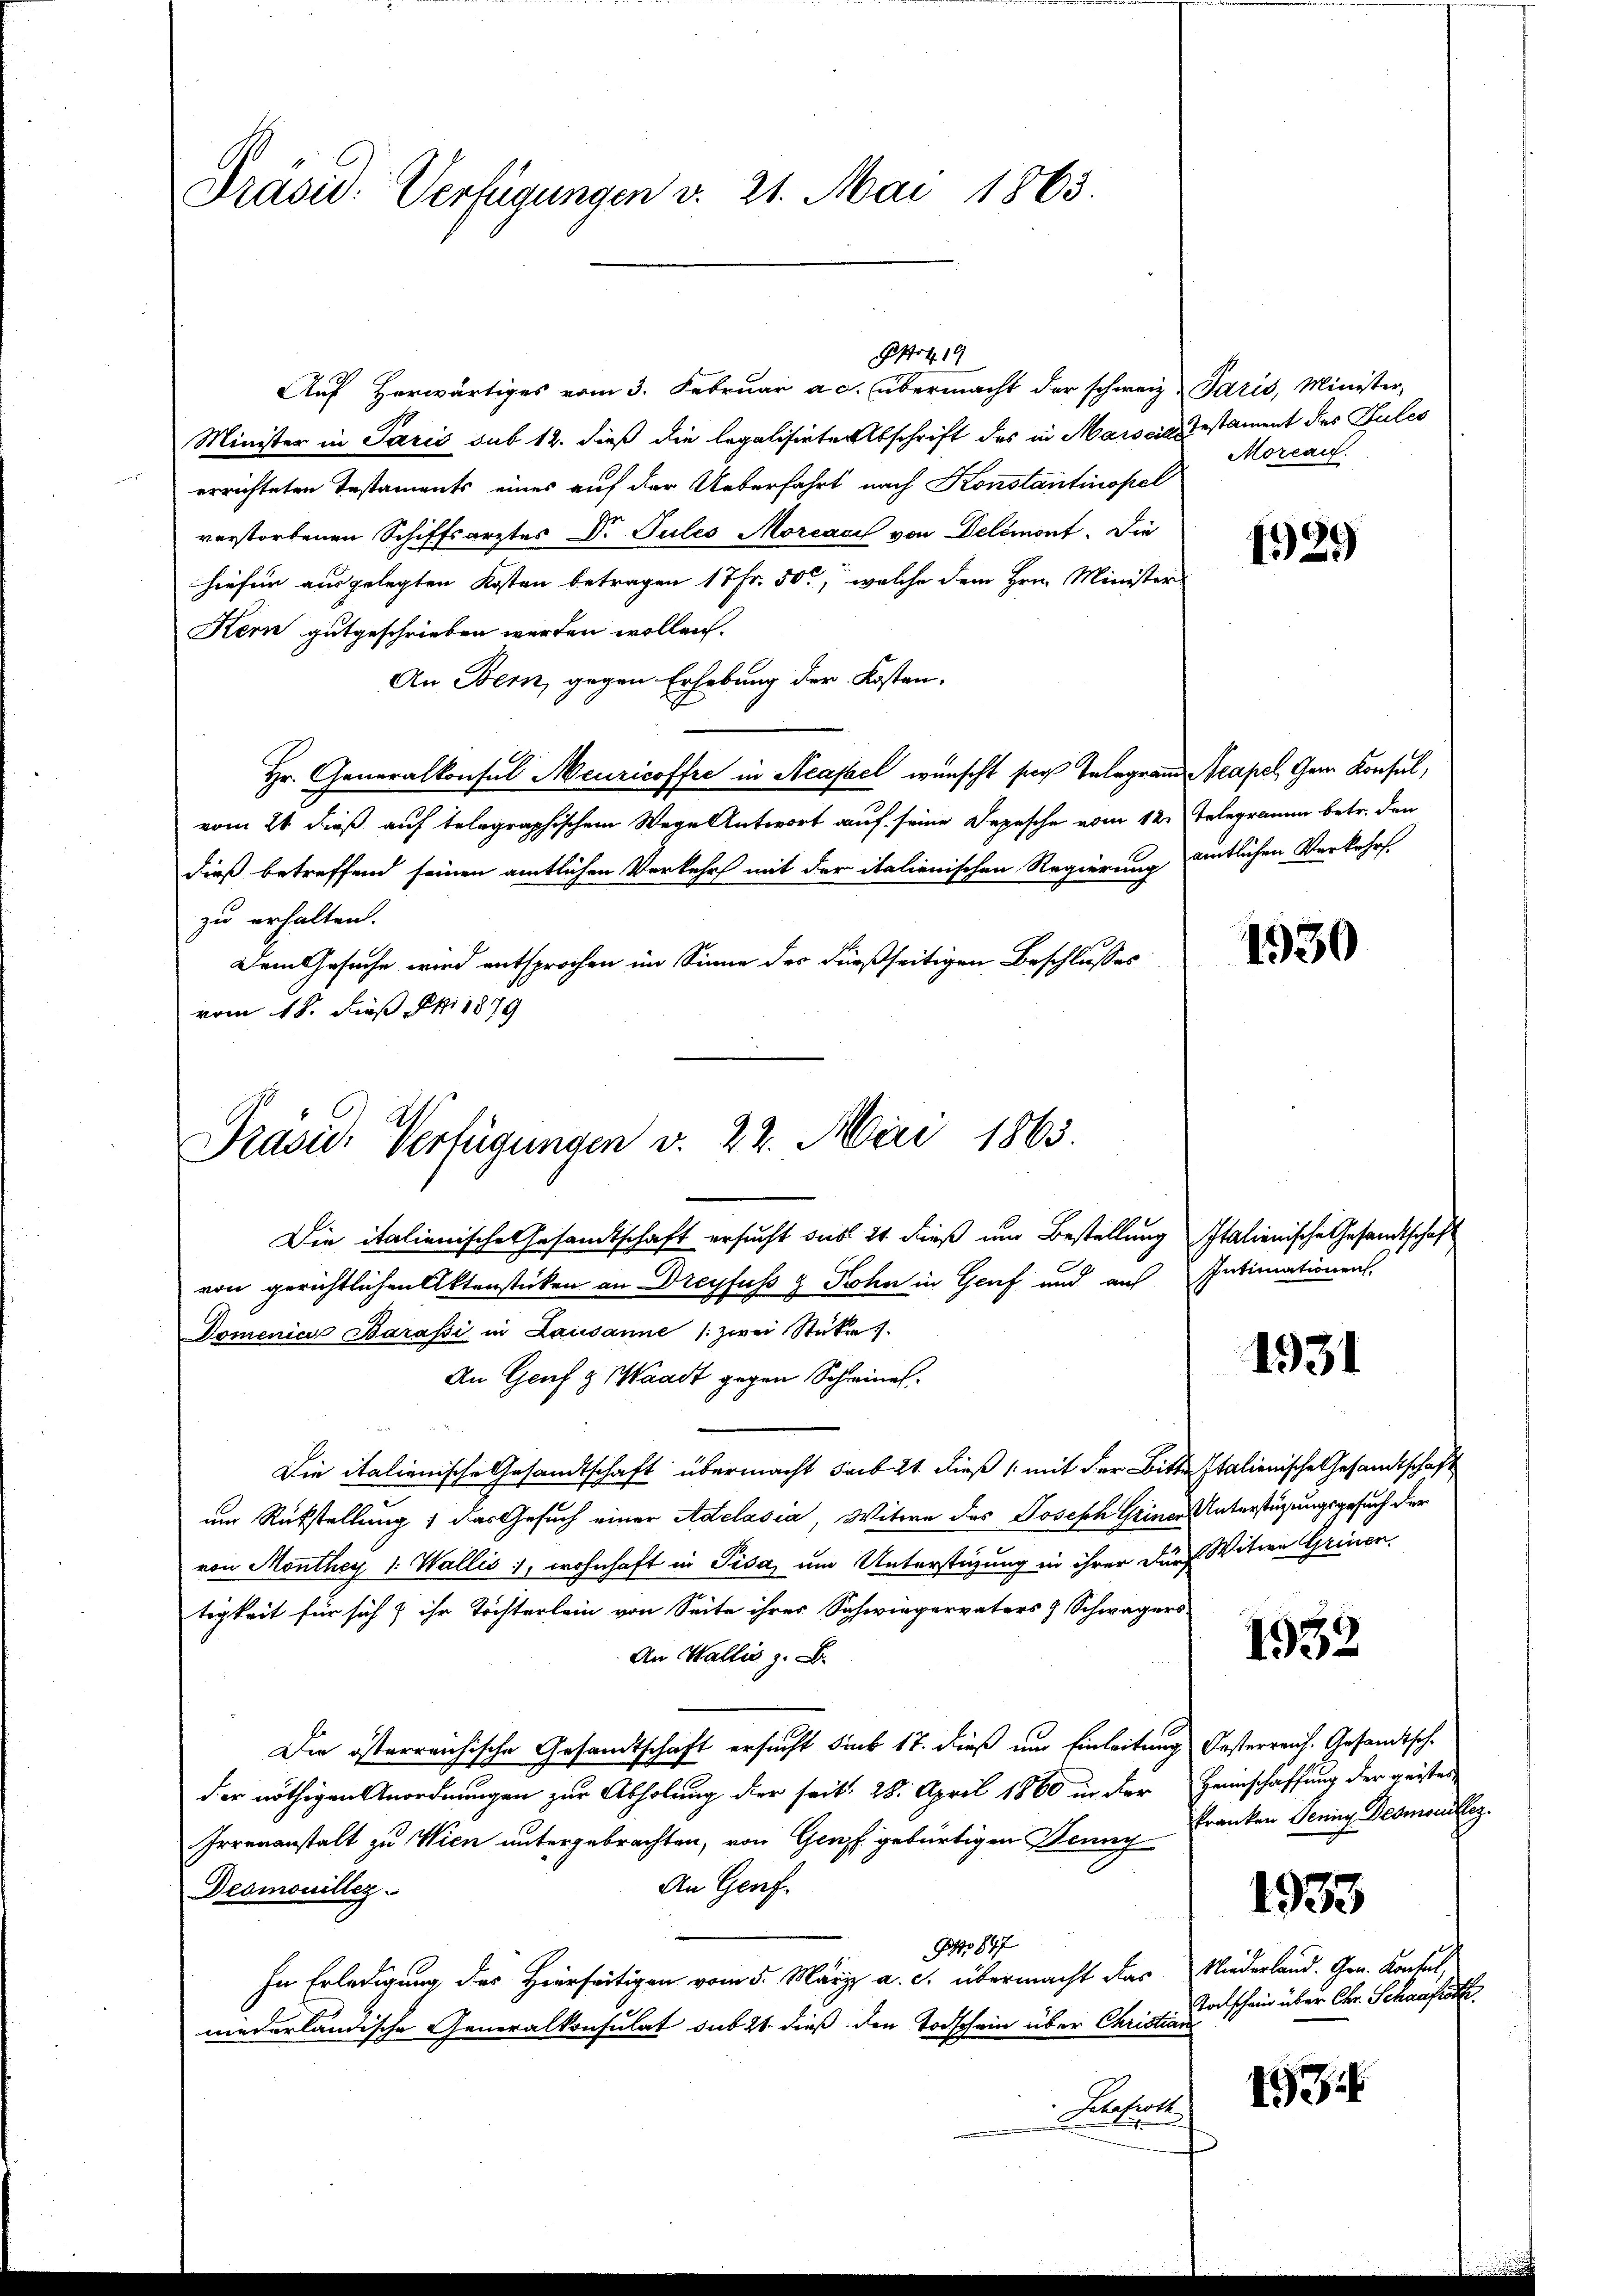
Präsid. Verfügungen v. 21. Mai 1863.

Präsid. Verfügungen v. 22. Mai 1863.

Pot.19
Auf Herwärtiges vom 3. Februar a. c. übermacht der schweiz. Paris, Minister,
Minister in Paris sub 12. dieß die legalisierte Abschrift des in Marscias Testament des Pules
errichteten Testaments eines auf der Ueberfahrt nach Konstantinopel
verstorbenen Schiffsarztes Dr. Sules Morcacis von Delémont. Die
hiefür ausgelegten Kosten betragen 17 Fr. 50, welche dem Hrn. Minister
Kern gutgeschrieben werden wollen.
An Bern, gegen Erhebung der Kosten.
Hr. Generalkonsul Meuricoffre in Acassel wünscht sich Telegramm Neapel, Gem. Konsul,
vom 21 dieß auf telegraphischem Wege Antwort auf seine Depesche vom 12. Telegramm betr. den
dieß betreffend seinen amtlichen Verkehr mit der italienischen Regierung amtlichen Verkehrs-
zu erhalten.
Dem Gesuche wird entsprochen im Sinne des dießseitigen Beschlusses:
vom 18. dieß. Ski 1879

Morcau.

Die italienische Gesandtschaft ersucht das 24 dieß und Bestellung Italienische Gesandtschaft
von gerichtlichen Aktenstücken an Dreyfuss z Sohn in Genf und aus Intimationen,
Domenici Barasi in Lausanne (zwei Stükr.
An Genf & Waadt gegen Schreinal
Die italienische Gesandtschaft übermacht sub 21. dieß (mit der Bitte Italienische Gesandtschaft
um Rückstellung; das Gesuch einer Adelasia Witwe des Joseph Griner Unterstüzungsgesuch der
von Monthey 1. Wallis, wohnhaft in Pisa, um Unterstüzung in ihrer durch Witwe Grinen.
tigkeit für sich & ihr Töchterlein von Seite ihres Schwiegervaters & Schwagers
An Wallis z. B.
Die österreichische Gesandtschaft ersucht saub 17. dieß um Einleitung Oesterreich. Gesandtschder nöthigen Anordnungen zur Abholung der seit 28. April 1860 in der Heimschaffung der geister
Irrenanstalt zu Wien untergebrachten, von Genf gebürtigen Denn
An Genf.
Desmouillez
Ao 1897
In Erledigung des Hierseitigen vom 5. März a. c. übermacht das Niederland. Gen. Konsul
niederländische Generalkonsulat sub 21. dieß den Todschein über Christian
Hefert

1929

1930

1931

1932

kranken Jenny Demonillez

1933

193

Totschein über Chr. Schaafsth